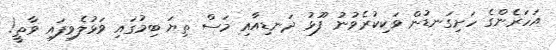
އަހަރެންގެ ހަށިގަނޑުން ވަކިކުރެވުނު ފޫޅު ދަނޑިއާއި މަސް ތިޔަ ބިމުގައި ވަޅުލެވިފައި ވާތީ!